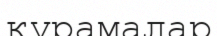
құрамалар